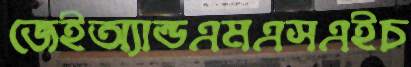
জেইঅ্যান্ডএমএসএইচ